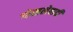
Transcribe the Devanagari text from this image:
गोखलेवादी